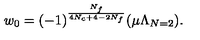
w _ { 0 } = ( - 1 ) ^ { \frac { N _ { f } } { 4 N _ { c } + 4 - 2 N _ { f } } } ( \mu \Lambda _ { N = 2 } ) .